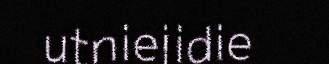
utniejidie